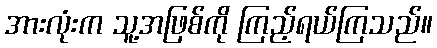
အားလုံးက သူ့အဖြစ်ကို ကြည့်ရယ်ကြသည်။